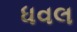
ધવલ